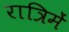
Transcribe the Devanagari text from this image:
रात्रिमें